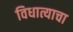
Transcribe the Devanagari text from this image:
विधात्याचा